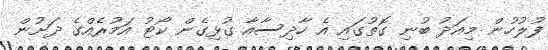
ފުލުހުން މިއަދު ބުނި ގޮތުގައި އެ ހާދިސާއާ ގުޅިގެން ކޯޓު އަމުރެއްގެ ދަށުން